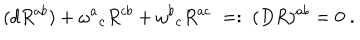
( d R ^ { a b } ) + \omega ^ { a } { } _ { c } R ^ { c b } + \omega ^ { b } { } _ { c } R ^ { a c } \; = : \; ( D R ) ^ { a b } = 0 \; .